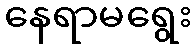
နေရာမရွေး